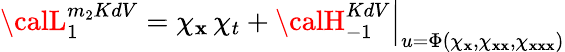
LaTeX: {\calL}_{1}^{m_{2}KdV}=\chi_{\mathbf{x}}\, \chi_{t}+{\calH}_{-1}^{KdV}\Big|_{u=\Phi(\chi_{\mathbf{x}},\chi_{\mathbf{x}\mathbf{x}},\chi_{\mathbf{x}\mathbf{x}\mathbf{x}})}